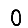
Digit: 0